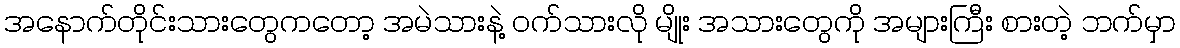
အနောက်တိုင်းသားတွေကတော့ အမဲသားနဲ့ ဝက်သားလို မျိုး အသားတွေကို အများကြီး စားတဲ့ ဘက်မှာ